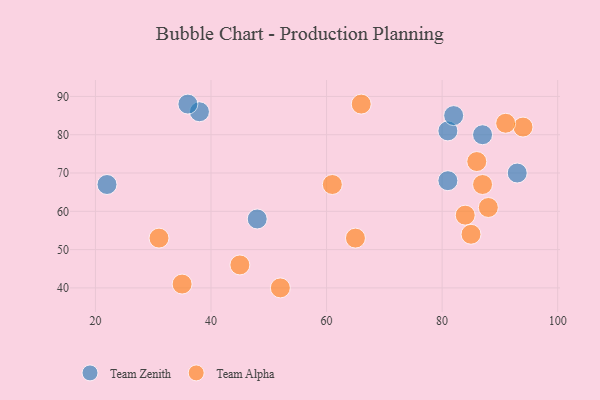
{"axis": {"x": "GDP", "y": "Life Expectancy"}, "legend": ["Team Alpha", "Team Zenith"], "data": [{"x": "38", "y": 86, "type": "Team Zenith"}, {"x": "81", "y": 81, "type": "Team Zenith"}, {"x": "22", "y": 67, "type": "Team Zenith"}, {"x": "87", "y": 80, "type": "Team Zenith"}, {"x": "81", "y": 68, "type": "Team Zenith"}, {"x": "93", "y": 70, "type": "Team Zenith"}, {"x": "36", "y": 88, "type": "Team Zenith"}, {"x": "48", "y": 58, "type": "Team Zenith"}, {"x": "82", "y": 85, "type": "Team Zenith"}, {"x": "52", "y": 40, "type": "Team Alpha"}, {"x": "61", "y": 67, "type": "Team Alpha"}, {"x": "94", "y": 82, "type": "Team Alpha"}, {"x": "85", "y": 54, "type": "Team Alpha"}, {"x": "45", "y": 46, "type": "Team Alpha"}, {"x": "86", "y": 73, "type": "Team Alpha"}, {"x": "31", "y": 53, "type": "Team Alpha"}, {"x": "88", "y": 61, "type": "Team Alpha"}, {"x": "91", "y": 83, "type": "Team Alpha"}, {"x": "66", "y": 88, "type": "Team Alpha"}, {"x": "87", "y": 67, "type": "Team Alpha"}, {"x": "65", "y": 53, "type": "Team Alpha"}, {"x": "84", "y": 59, "type": "Team Alpha"}, {"x": "35", "y": 41, "type": "Team Alpha"}]}